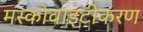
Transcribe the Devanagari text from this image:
मस्कोवाइटीकरण